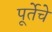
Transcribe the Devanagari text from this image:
पूर्तेचे